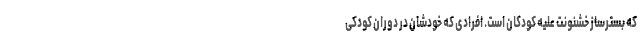
که بسترساز خشنونت علیه کودکان است. افرادی که خودشان در دوران کودکی